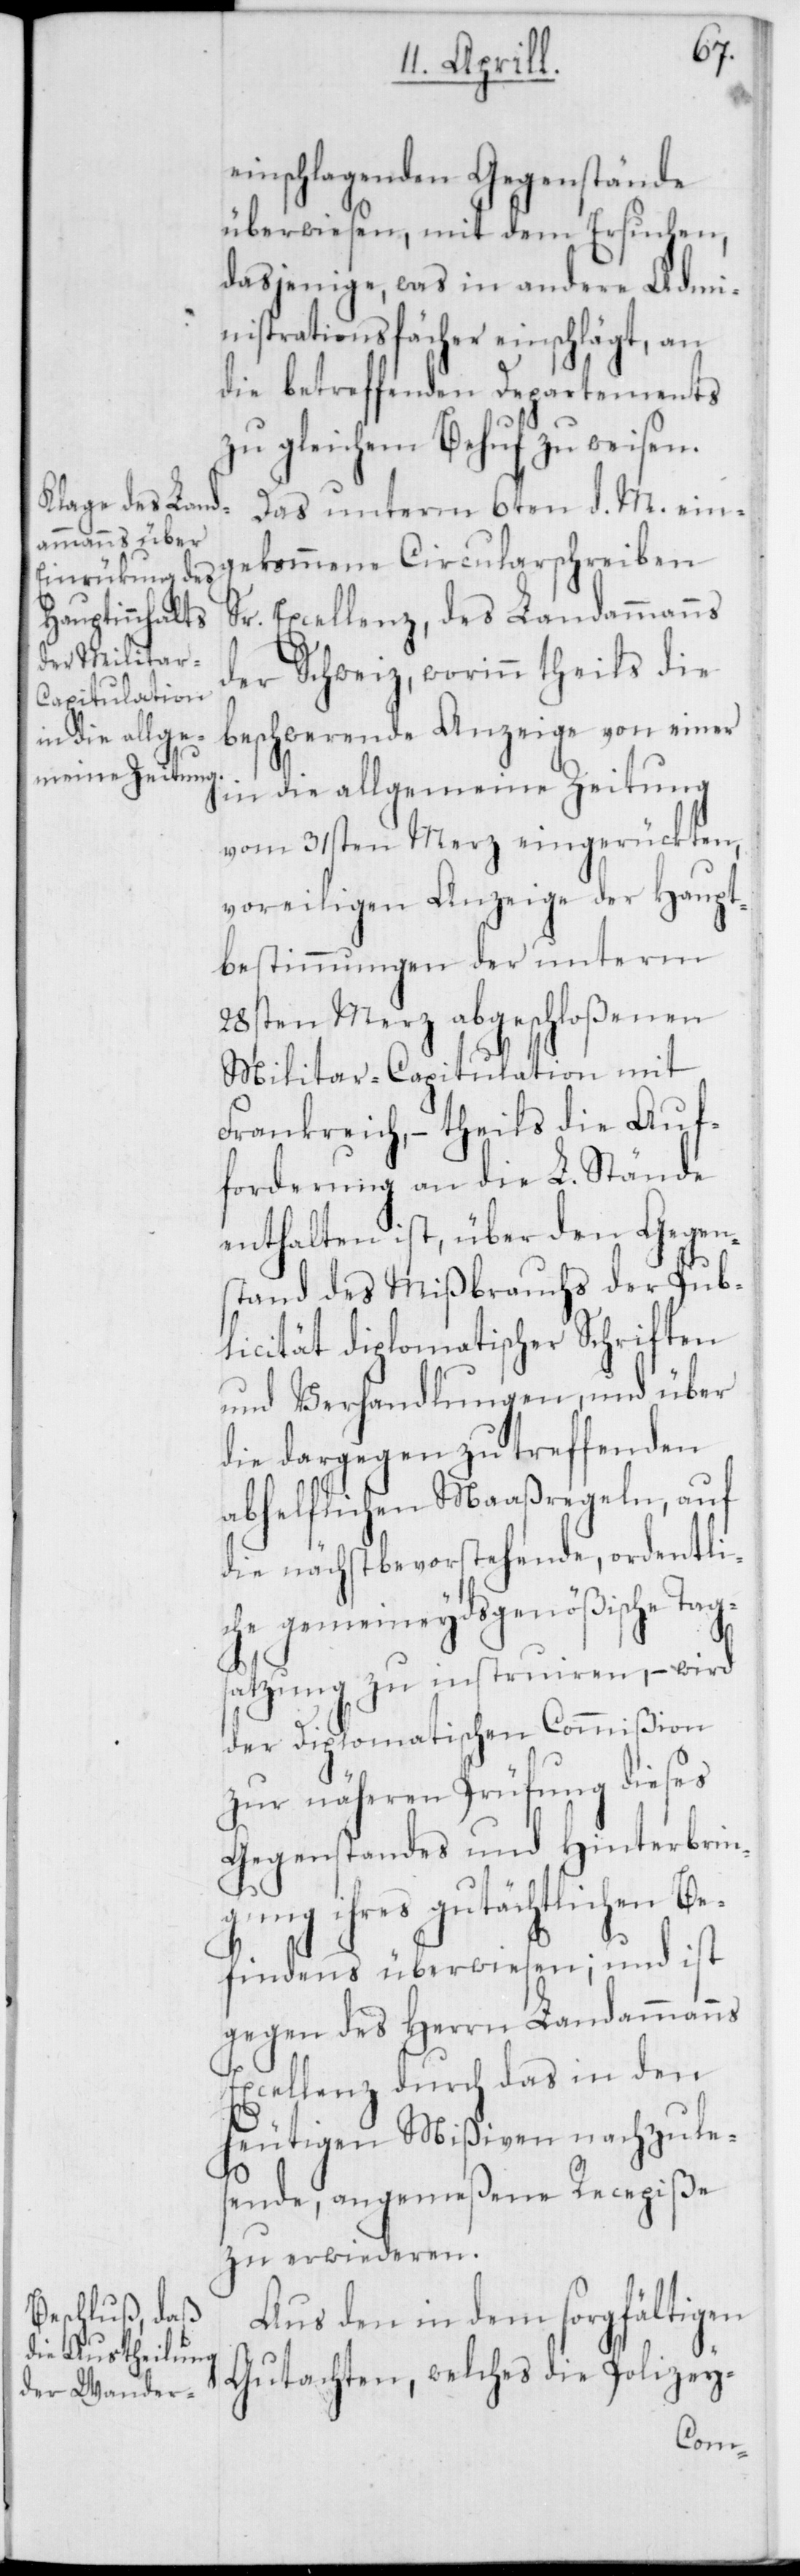
einschlagenden Gegenstände
überwiesen, mit dem Ersuchen,
dasjenige, was in andere Admi¬
nistrationsfächer einschlägt, an
die betreffenden Departements
zu gleichem Behuf zu weisen.
Das unterm 6ten d. M. ein¬
gekommene Circularschreiben
Sr. Excellenz, des Landammanns
der Schweiz, worinn theils die
beschwerende Anzeige von einer
in die allgemeine Zeitung
vom 31sten Merz eingerückten,
voreiligen Anzeige der Haupt¬
bestimmungen der unterm
28sten Merz abgeschloßenen
Militar-Capitulation mit
Frankreich, – theils die Auf¬
forderung an die L. Stände
enthalten ist, über den Gegen¬
stand des Mißbrauchs der Pub¬
licität diplomatischer Schriften
und Verhandlungen, und über
die dargegen zu treffenden
abhelflichen Maaßregeln, auf
die nächst bevorstehende ordentli¬
che gemeineydsgenößische Tag¬
satzung zu instruieren, – wird
der Diplomatischen Commißion
zur näheren Prüfung dieses
Gegenstandes und Hinterbrin¬
gung ihres gutächtlichen Be¬
findens überwiesen; und ist
gegen des Herrn Landammanns
Excellenz durch das in den
heutigen Mißiven nachzule¬
sende, angemeßene Recepiße
zu erwideren.
Aus den in dem sorgfältigen
Gutachten, welches die Polizey-